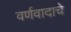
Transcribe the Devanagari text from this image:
वर्णवादाचे